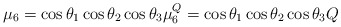
\begin{align*}\mu_{6} = \cos \theta_1 \cos \theta_2 \cos \theta_3 \mu \sp Q_6 =\cos \theta_1 \cos \theta_2 \cos \theta_3 Q\end{align*}